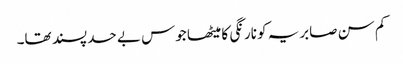
کم سن صابریہ کو نارنگی کا میٹھا جوس بے حد پسند تھا۔